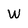
Character: W